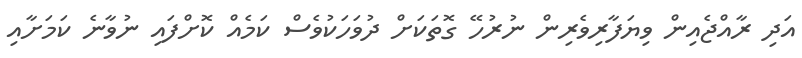
އަދި ރާއްޖެއިން ވިޔަފާރިވެރިން ނުރުހޭ ގޮތަކަށް ދުވަހަކުވެސް ކަމެއް ކޮށްފައި ނުވާނެ ކަމަށާއި